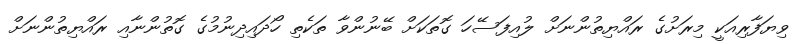
ވިޔަފާރިއަކީ މިރަށުގެ ރައްޔިތުންނަށް ލުއިފަސޭހަ ގޮތަކަށް ބޭނުންވާ ތަކެތި ހޯދައިދިނުމުގެ ގޮތުންނާއި ރައްޔިތުންނަށް